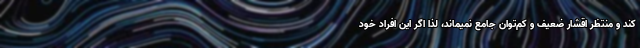
کند و منتظر اقشار ضعیف و کم‌توان جامع نمیماند، لذا اگر این افراد خود